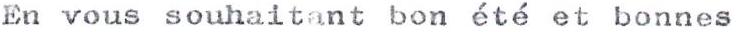
En vous souhaitant bon été et bonnes